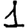
Digit: 1